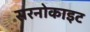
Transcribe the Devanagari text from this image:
सरनोकाइट